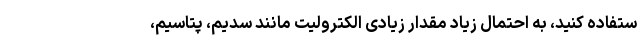
ستفاده کنید، به احتمال زیاد مقدار زیادی الکترولیت مانند سدیم، پتاسیم،